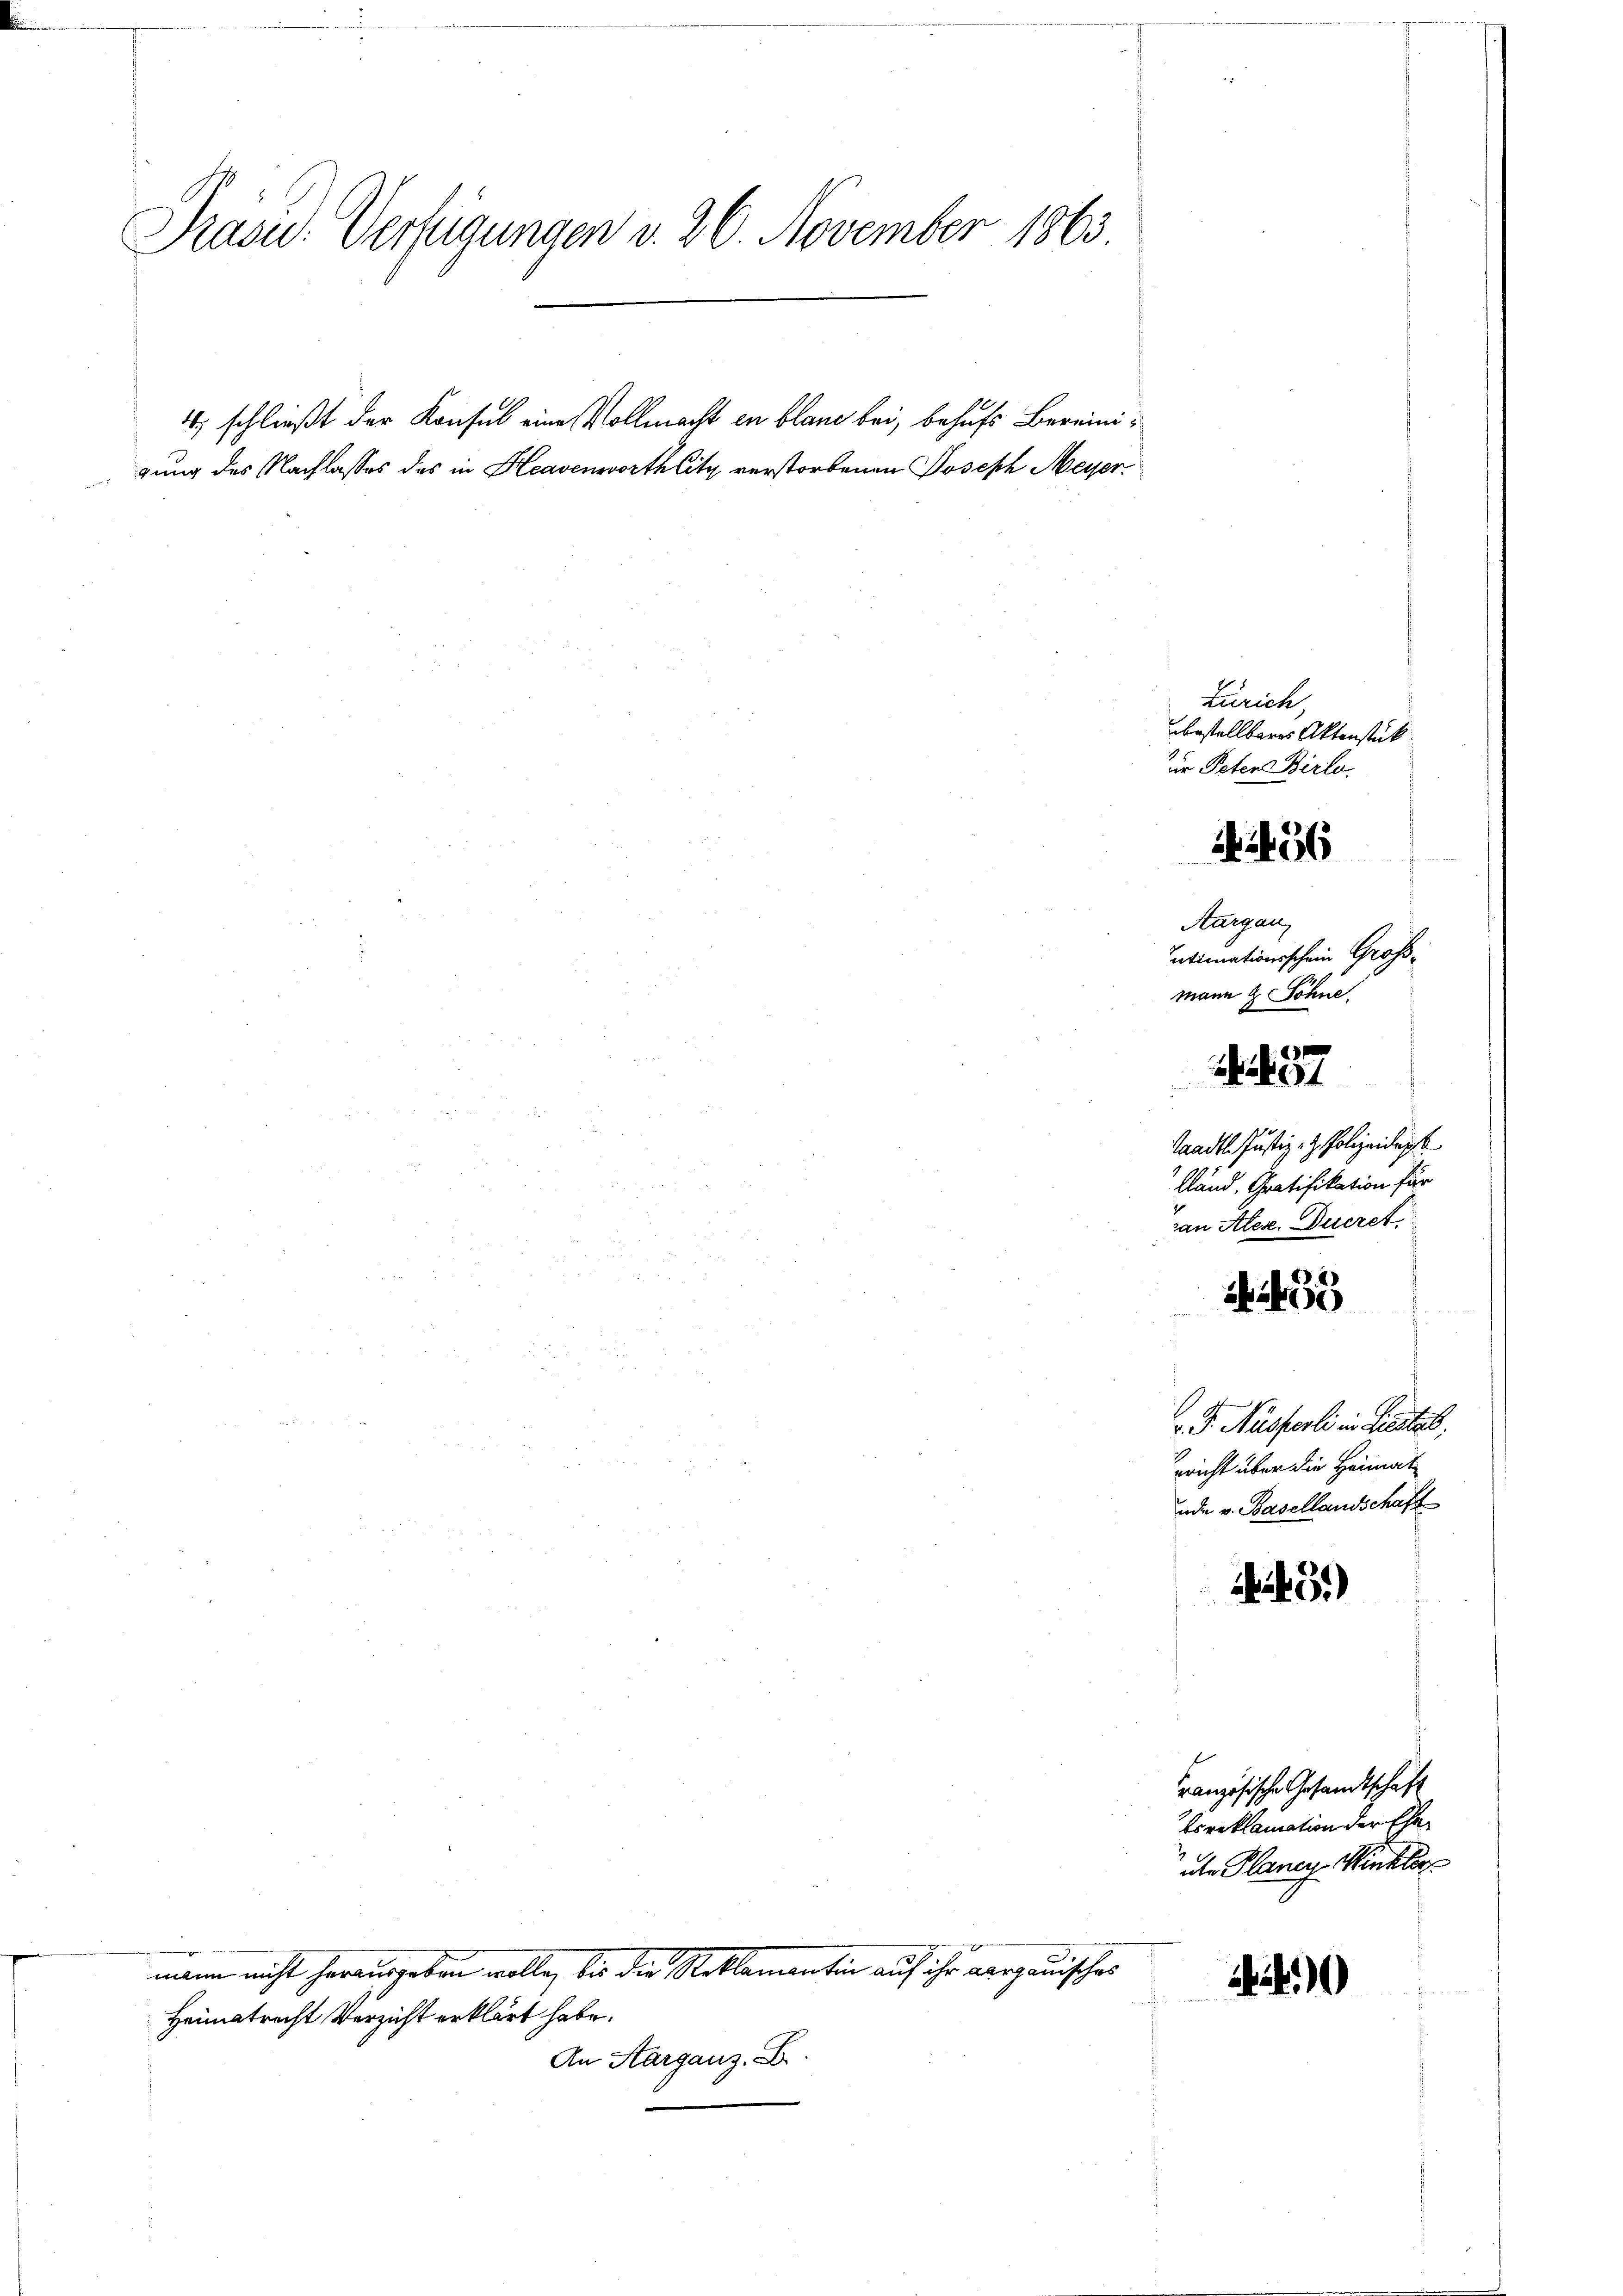
Präsid.: Verzigungen v. 26. November 1863

gung des Nachlasses des in Heavenworthlitz verstorbenen Joseph Meyer¬

4 schließt der Konsul eine Vollmacht in blaue bei, behufs Bereini¬

Heimatrecht Verzicht erklärt habe.
An Aarganz. B.

mann nicht herausgeben wolle, bis die Reklamentin auf ihr aargauisches

s
Aargau,
mann & Söhne.
1
 91
Saadtl. Justiz- & Polizeidep
lland, Gratifikation für
van Alex. Ducret.
45
ib i
.P. Nüsserli in Liestat,
ericht über die Heimat
ade v. Basellandschaft
1451)

Zürich,
in Peter Birlo.

bestellbares Aktenstück

A.456

ntimationsschein Groß¬

ranzösische Gesandtschaft

tcreklamation der Ehe
ale Planes Winkler

4)